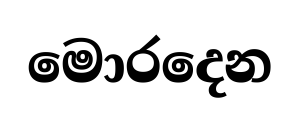
මොරදෙන